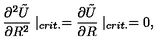
\frac { \partial ^ { 2 } \tilde { U } } { \partial R ^ { 2 } } \mid _ { c r i t . } = \frac { \partial \tilde { U } } { \partial R } \mid _ { c r i t . } = 0 ,